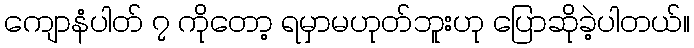
ကျောနံပါတ် ၇ ကိုတော့ ရမှာမဟုတ်ဘူးဟု ပြောဆိုခဲ့ပါတယ်။